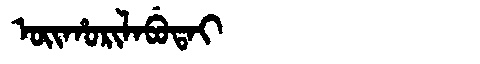
Manchu: ᠣᡳᡥᠣᡵᡳᠯᠠᠪᡠᡨᠠᡳ
Romanization: OIHORILABUTAI